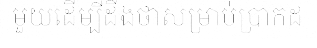
មួយដើម្បីដឹងថាសម្រាប់ប្រាកដ